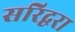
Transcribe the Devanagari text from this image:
सरिद्वरा